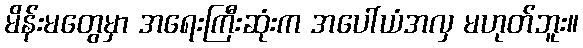
မိန်းမတွေမှာ အရေးကြီးဆုံးက အပေါ်ယံအလှ မဟုတ်ဘူး။